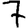
Digit: 7